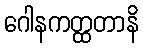
ဂေါနကတ္ထတာနိ